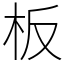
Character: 板